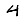
Digit: 4